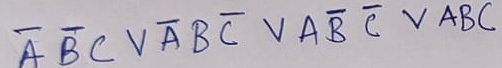
Text: ABCVABCVABCVABC